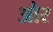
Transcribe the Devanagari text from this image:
और